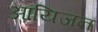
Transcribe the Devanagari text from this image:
आयिजन